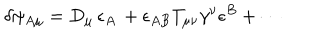
\delta \psi _ { A \mu } = { D } _ { \mu } \, \epsilon _ { A } \, + \epsilon _ { A B } T _ { \mu \nu } \gamma ^ { \nu } \epsilon ^ { B } + \cdots